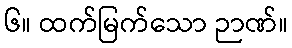
၆။ ထက်မြက်သော ဉာဏ်။